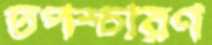
তপশ্চারণ